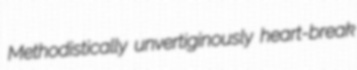
Methodistically unvertiginously heart-break